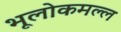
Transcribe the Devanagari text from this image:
भूलोकमल्ल